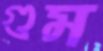
গুম